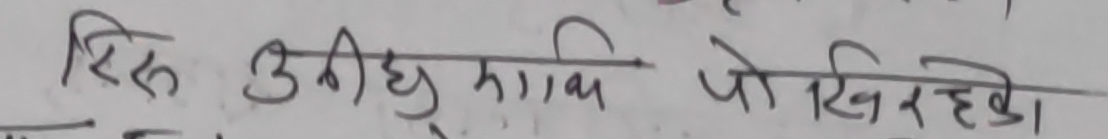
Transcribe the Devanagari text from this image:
रिस्क उठीछु साथै पो खिरहेको